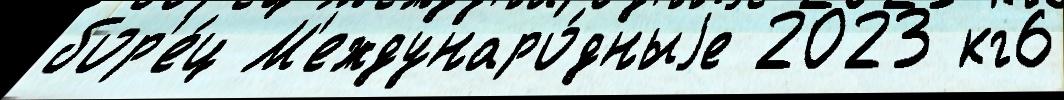
бор'е́ц М'еждунаро́дныjе 2023 кг6